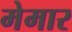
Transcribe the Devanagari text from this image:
मेमार